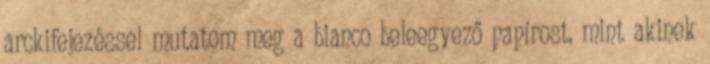
arckifejezéssel mutatom meg a bianco beleegyező papírost, mint akinek